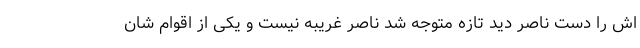
اش را دست ناصر دید تازه متوجه شد ناصر غریبه نیست و یکی از اقوام شان